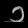
Digit: ၁